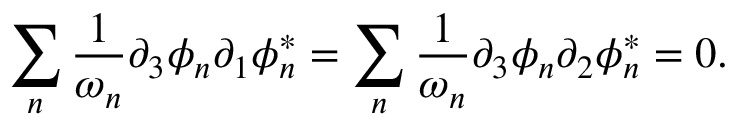
\sum _ { n } \frac { 1 } { \omega _ { n } } \partial _ { 3 } \phi _ { n } \partial _ { 1 } \phi _ { n } ^ { * } = \sum _ { n } \frac { 1 } { \omega _ { n } } \partial _ { 3 } \phi _ { n } \partial _ { 2 } \phi _ { n } ^ { * } = 0 .